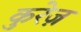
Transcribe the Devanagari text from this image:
कुरेज़